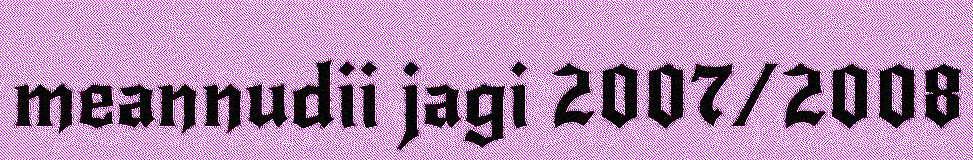
meannudii jagi 2007/2008